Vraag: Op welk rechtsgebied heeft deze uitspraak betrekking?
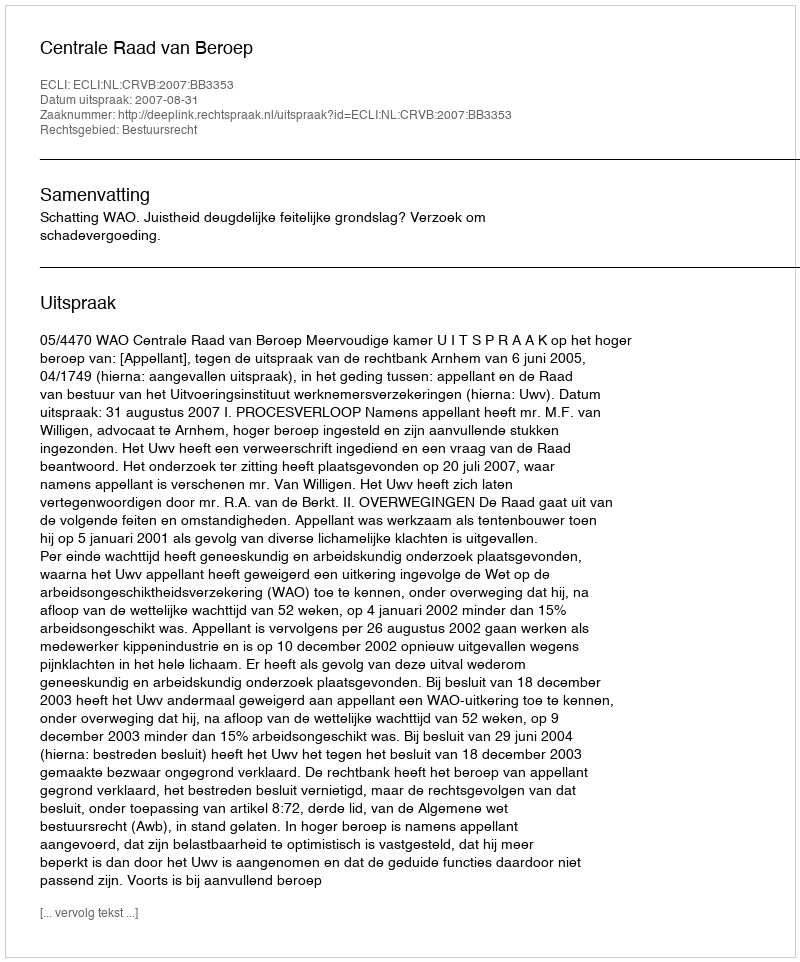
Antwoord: Bestuursrecht